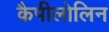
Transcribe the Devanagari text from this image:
कैपीलोलिन